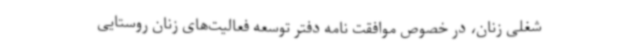
شغلی زنان، در خصوص موافقت نامه دفتر توسعه فعالیت‌های زنان روستایی